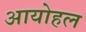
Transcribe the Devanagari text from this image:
आयोहल